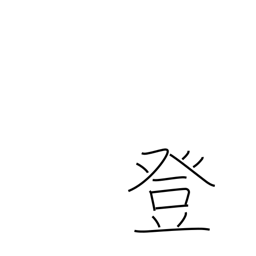
Meaning: climb up